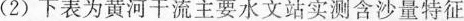
2)下表为黄河干流主要水文站实测含沙量特征